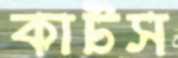
কাটস